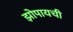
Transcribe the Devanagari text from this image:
झोपायची